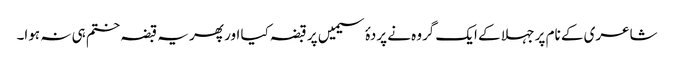
شاعری کے نام پر جہلا کے ایک گروہ نے پردۂ سیمیں پر قبضہ کیا اور پھر یہ قبضہ ختم ہی نہ ہوا۔